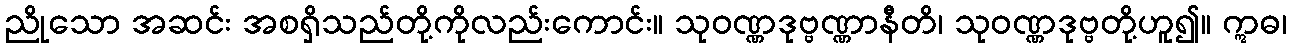
ညိုသော အဆင်း အစရှိသည်တို့ကိုလည်းကောင်း။ သုဝဏ္ဏဒုဗ္ဗဏ္ဏာနီတိ၊ သုဝဏ္ဏဒုဗ္ဗတို့ဟူ၍။ ဣဓ၊